Plague in India, 1896, 1897 - Volume 2
Year: 1896
Disease focus: Plague
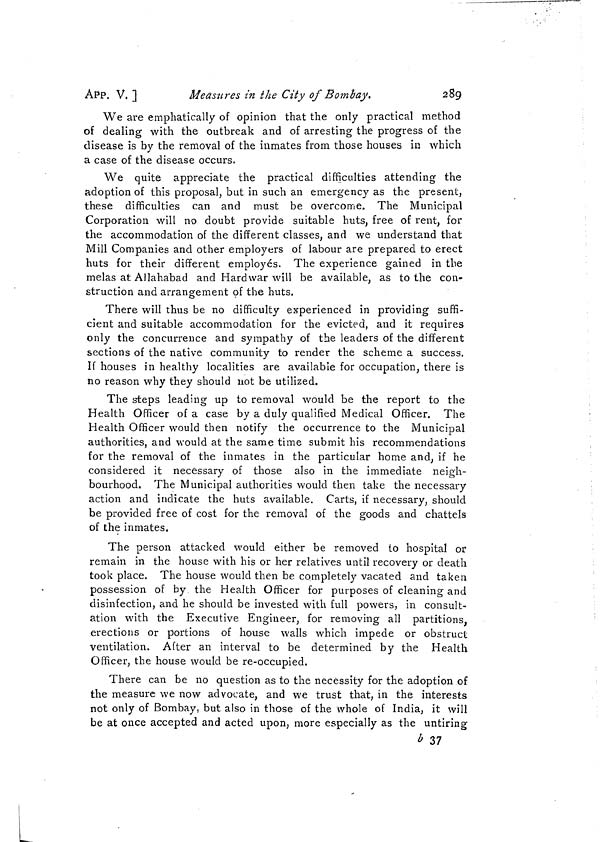
APP. V, ]
Measures m the City of Bombay.
289
We are emphatically of opinion that the only practical method
of dealing with the outbreak and of arresting the progress of the
disease is by the removal of the inmates from those houses in which
a case of the disease occurs.
We quite appreciate the practical difficulties attending the
adoption of this proposal, but in such an emergency as the present,
these difficulties can and must be overcome. The Municipal
Corporation will no doubt provide suitable huts, free of rent, for
the accommodation of the different classes, and we understand that
Mill Companies and other employers of labour are prepared to erect
huts for their different employés. The experience gained in the
mêlas at Allahabad and Hardwar will be available, as to the con-
struction and arrangement of the huts.
There will thus be no difficulty experienced in providing suffi-
cient and suitable accommodation for the evicted, and it requires
only the concurrence and sympathy of the leaders of the different
sections of the native community to render the scheme a success.
If houses in healthy localities are available for occupation, there is
no reason why they should not be utilized.
The steps leading up to removal would be the report to the
Health Officer of a case by a duly qualified Medical Officer. The
Health Officer would then notify the occurrence to the Municipal
authorities, and would at the same time submit his recommendations
for the removal of the inmates in the particular home and, if he
considered it necessary of those also in the immediate neigh-
bourhood. The Municipal authorities would then take the necessary
action and indicate the huts available. Carts, if necessary, should
be provided free of cost for the removal of the goods and chattels
of the inmates,
The person attacked would either be removed to hospital or
remain in the house with his or her relatives until recovery or death
took place. The house would then be completely vacated and taken
possession of by the Health Officer for purposes of cleaning and
disinfection, and he should be invested with full powers, in consult-
ation with the Executive Engineer, for removing all partitions,
erections or portions of house walls which impede or obstruct
ventilation. After an interval to be determined by the Health
Officer, the house would be re-occupied.
There can be no question as to the necessity for the adoption of
the measure we now advocate, and we trust that, in the interests
not only of Bombay, but also in those of the whole of India, it will
be at once accepted and acted upon, more especially as the untiring
*> 37